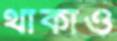
থাকাও